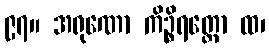
၉၇။ အရုဏော ကိဉ္စိရတ္တော ထ၊